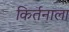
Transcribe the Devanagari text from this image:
किर्तनाला